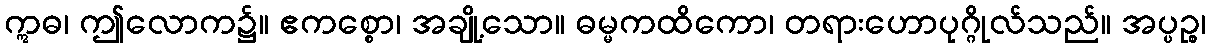
ဣဓ၊ ဤလောက၌။ ဧကစ္စော၊ အချို့သော။ ဓမ္မကထိကော၊ တရားဟောပုဂ္ဂိုလ်သည်။ အပ္ပဉ္စ၊